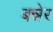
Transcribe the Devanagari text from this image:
बन्नेर